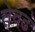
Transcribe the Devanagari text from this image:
तेवढं